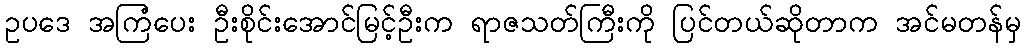
ဥပဒေ အကြံပေး ဦးစိုင်းအောင်မြင့်ဦးက ရာဇသတ်ကြီးကို ပြင်တယ်ဆိုတာက အင်မတန်မှ